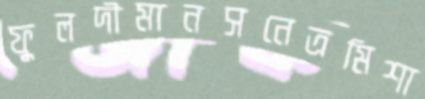
ফুলদীমানসনেত্রমিশা